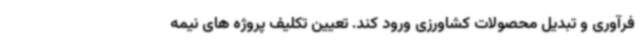
فرآوری و تبدیل محصولات کشاورزی ورود کند. تعیین تکلیف پروژه های نیمه